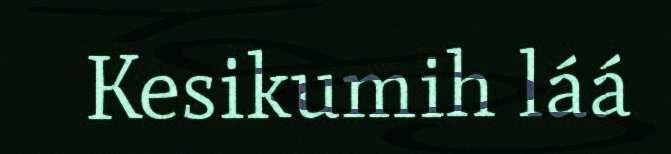
Kesikumih láá